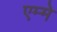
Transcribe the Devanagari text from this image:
एम्मे